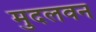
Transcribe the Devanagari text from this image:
मुदलवन